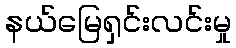
နယ်မြေရှင်းလင်းမှု